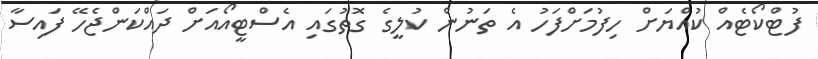
ފުޓްކޯޓެއް ކުއްޔަށް ހިފުމަށްފަހު އެ ތަނުން ކުލީގެ ގޮތުގައި އެސްޓީއޯއަށް ދައްކަންޖެހޭ ފައިސާ